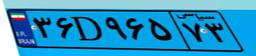
۲۲D۹۶۵۹۵